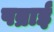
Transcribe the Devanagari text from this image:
पब्राई